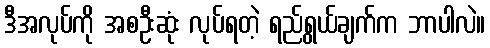
ဒီအလုပ်ကို အစဦးဆုံး လုပ်ရတဲ့ ရည်ရွယ်ချက်က ဘာပါလဲ။